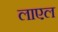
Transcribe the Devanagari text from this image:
लाएल